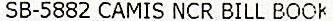
SB-5882 CAMIS NCR BILL BOOK